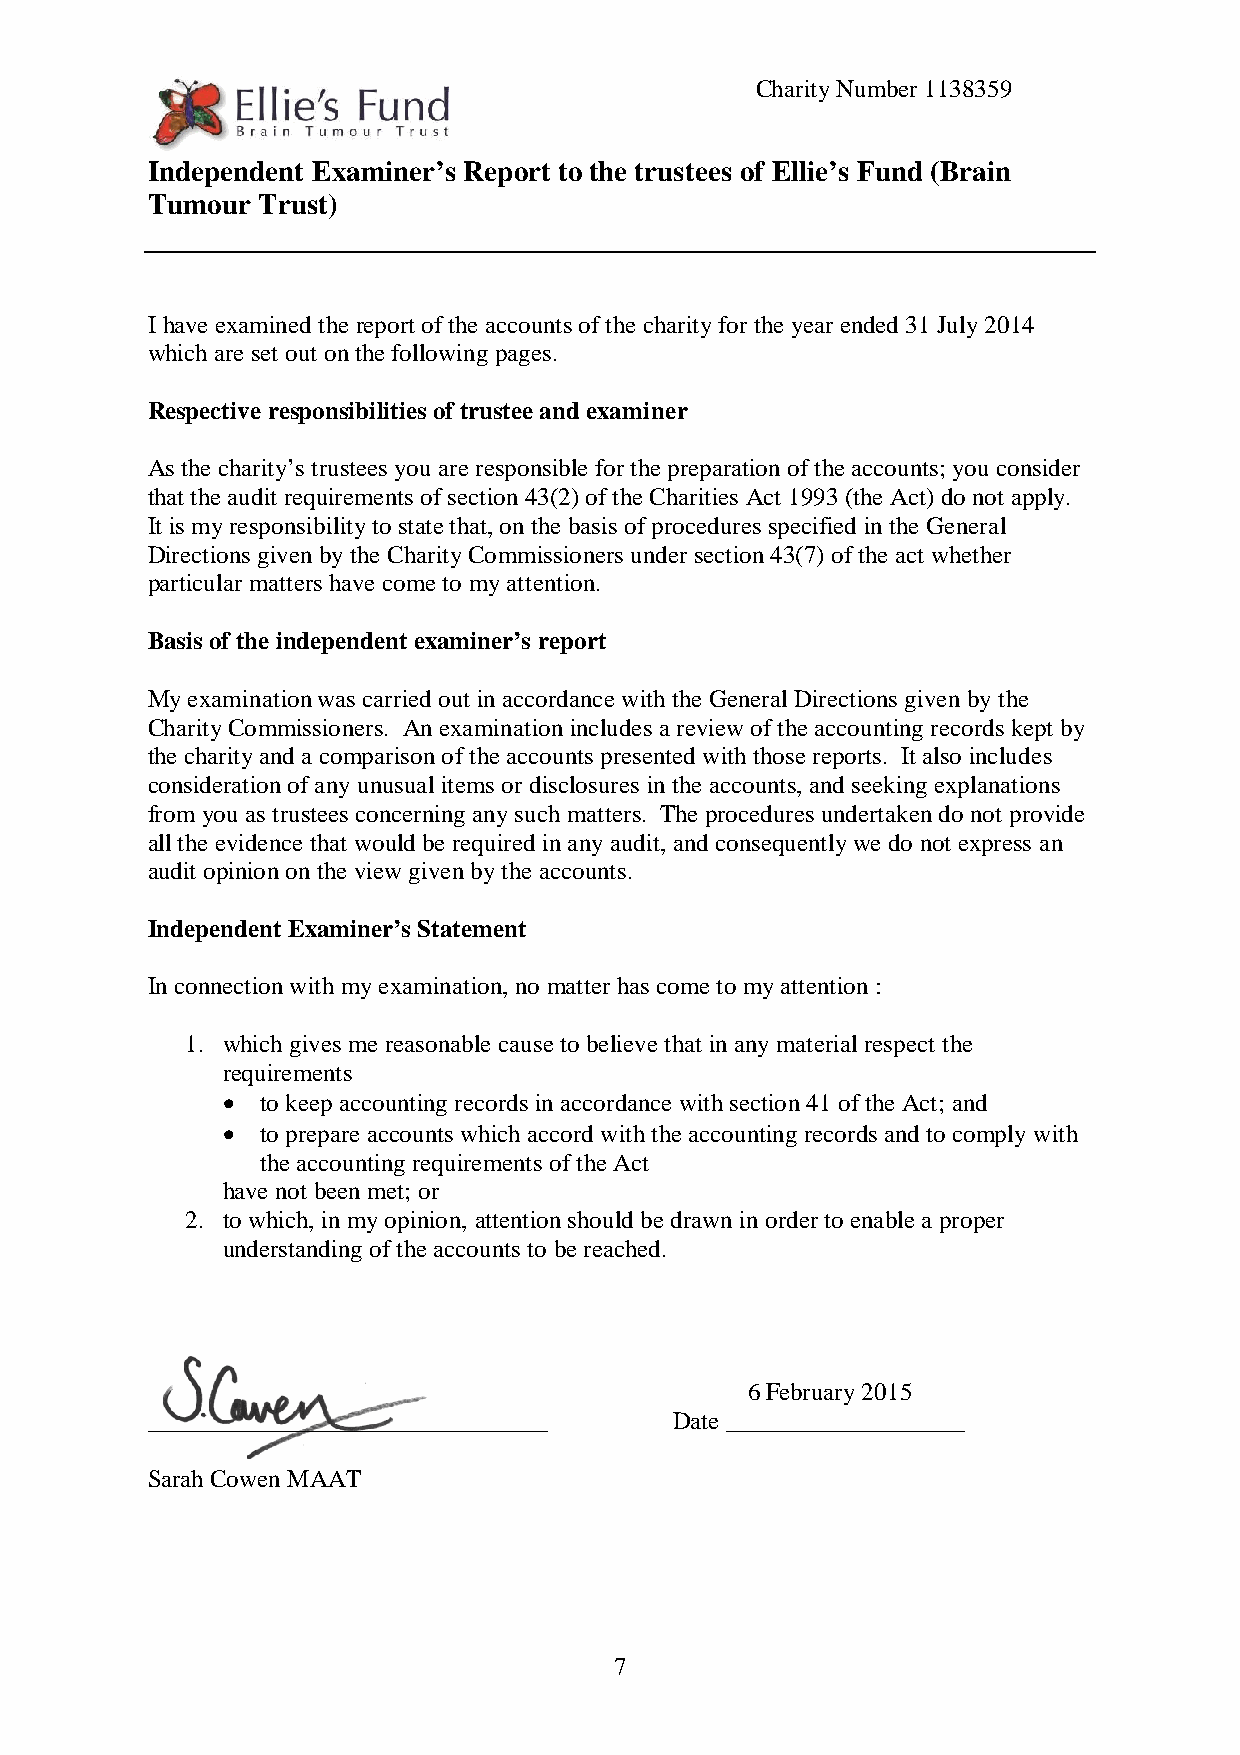
Charity Number 1138359
 Independent Examiner’s Report to the trustees of Ellie’s Fund (Brain
 Tumour Trust)
 I have examined the report of the accounts of the charity for the year ended 31 July 2014
 which are set out on the following pages.
 Respective responsibilities of trustee and examiner
 As the charity’s trustees you are responsible for the preparation of the accounts; you consider
 that the audit requirements of section 43(2) of the Charities Act 1993 (the Act) do not apply.
 It is my responsibility to state that, on the basis of procedures specified in the General
 Directions given by the Charity Commissioners under section 43(7) of the act whether
 particular matters have come to my attention.
 Basis of the independent examiner’s report
 My examination was carried out in accordance with the General Directions given by the
 Charity Commissioners. An examination includes a review of the accounting records kept by
 the charity and a comparison of the accounts presented with those reports. It also includes
 consideration of any unusual items or disclosures in the accounts, and seeking explanations
 from you as trustees concerning any such matters. The procedures undertaken do not provide
 all the evidence that would be required in any audit, and consequently we do not express an
 audit opinion on the view given by the accounts.
 Independent Examiner’s Statement
 In connection with my examination, no matter has come to my attention :
 1. which gives me reasonable cause to believe that in any material respect the
 requirements
  to keep accounting records in accordance with section 41 of the Act; and
  to prepare accounts which accord with the accounting records and to comply with
 the accounting requirements of the Act
 have not been met; or
 2. to which, in my opinion, attention should be drawn in order to enable a proper
 understanding of the accounts to be reached.
 6 February 2015
 ________________________________   Date ___________________
 Sarah Cowen MAAT
 7